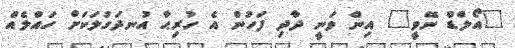
"އޯލްޑް ނޭވީ" އިން ވަނީ ދާދި ފަހުން އެ ހުރިޙާ އުނދަގުލަކަށް ހައްލެއް